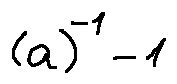
( a ) ^ { - 1 } - 1